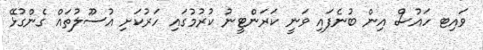
ވައިޓ ހައުސް އިން ބުނެފައި ވަނީ ކަރަންޓީނު ކުރުމުގައި ހަރުކަށި އުސޫލުތައް ގެންގުޅޭ